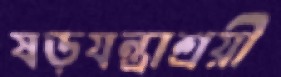
ষড়যন্ত্রাশ্রয়ী